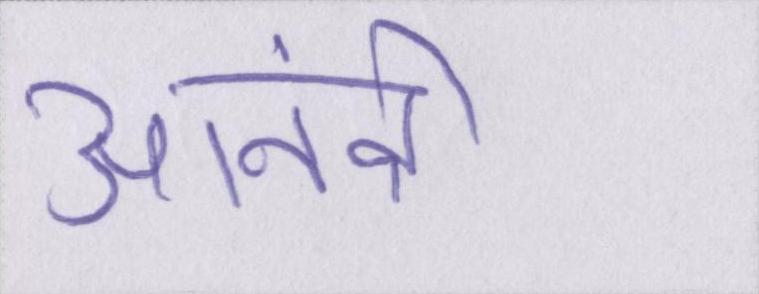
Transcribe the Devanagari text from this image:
आनंदी